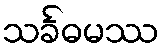
သင်္ခဓမဿ